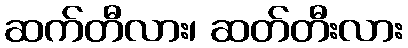
ဆက်တီလား၊ ဆတ်တီးလား